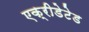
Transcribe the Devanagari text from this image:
एक्रीडेटेड